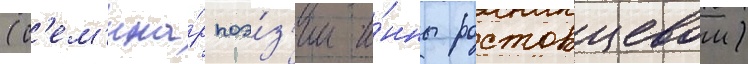
(с'ем'ина́р поэ́з'ии и́нны ростовцевои)